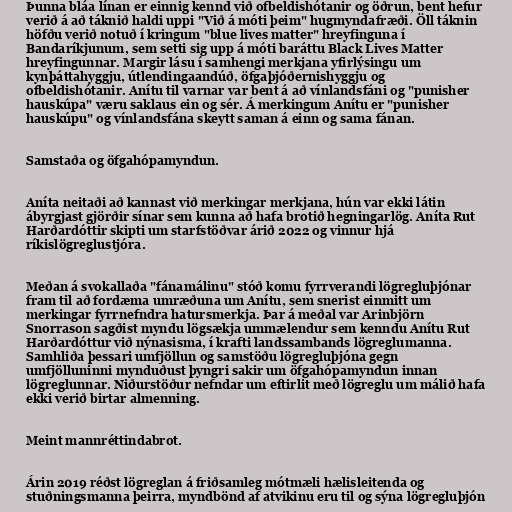
Þunna bláa línan er einnig kennd við ofbeldishótanir og öðrun, bent hefur
verið á að táknið haldi uppi "Við á móti þeim" hugmyndafræði. Öll táknin
höfðu verið notuð í kringum "blue lives matter" hreyfinguna í
Bandaríkjunum, sem setti sig upp á móti baráttu Black Lives Matter
hreyfingunnar. Margir lásu í samhengi merkjana yfirlýsingu um
kynþáttahyggju, útlendingaandúð, öfgaþjóðernishyggju og
ofbeldishótanir. Anítu til varnar var bent á að vínlandsfáni og "punisher
hauskúpa" væru saklaus ein og sér. Á merkingum Anítu er "punisher
hauskúpu" og vínlandsfána skeytt saman á einn og sama fánan.

Samstaða og öfgahópamyndun.

Aníta neitaði að kannast við merkingar merkjana, hún var ekki látin
ábyrgjast gjörðir sínar sem kunna að hafa brotið hegningarlög. Aníta Rut
Harðardóttir skipti um starfstöðvar árið 2022 og vinnur hjá
ríkislögreglustjóra.

Meðan á svokallaða "fánamálinu" stóð komu fyrrverandi lögregluþjónar
fram til að fordæma umræðuna um Anítu, sem snerist einmitt um
merkingar fyrrnefndra hatursmerkja. Þar á meðal var Arinbjörn
Snorrason sagðist myndu lögsækja ummælendur sem kenndu Anítu Rut
Harðardóttur við nýnasisma, í krafti landssambands lögreglumanna.
Samhliða þessari umfjöllun og samstöðu lögregluþjóna gegn
umfjölluninni mynduðust þyngri sakir um öfgahópamyndun innan
lögreglunnar. Niðurstöður nefndar um eftirlit með lögreglu um málið hafa
ekki verið birtar almenning.

Meint mannréttindabrot.

Árin 2019 réðst lögreglan á friðsamleg mótmæli hælisleitenda og
stuðningsmanna þeirra, myndbönd af atvikinu eru til og sýna lögregluþjón